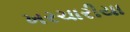
ખરચારીયા